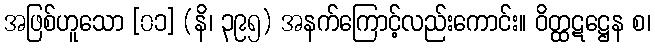
အဖြစ်ဟူသော [၀၁] (နိ၊ ၃၉၅) အနက်ကြောင့်လည်းကောင်း။ ဝိတ္ထဋဋ္ဌေန စ၊